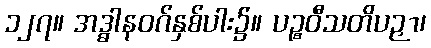
၁၂၇။ အဒ္ဓါနဝဂ်နှစ်ပါး၌။ ပဉ္စဝီသတိပဉှာ၊